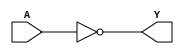
//Verilog HDL for "sram_logic", "INVC" "functional"
//Manu Rathore


module INVC ( Y, A );

  input A;
  output Y;

 assign Y = ~A;
endmodule